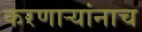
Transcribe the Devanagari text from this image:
करणाऱ्यांनाच